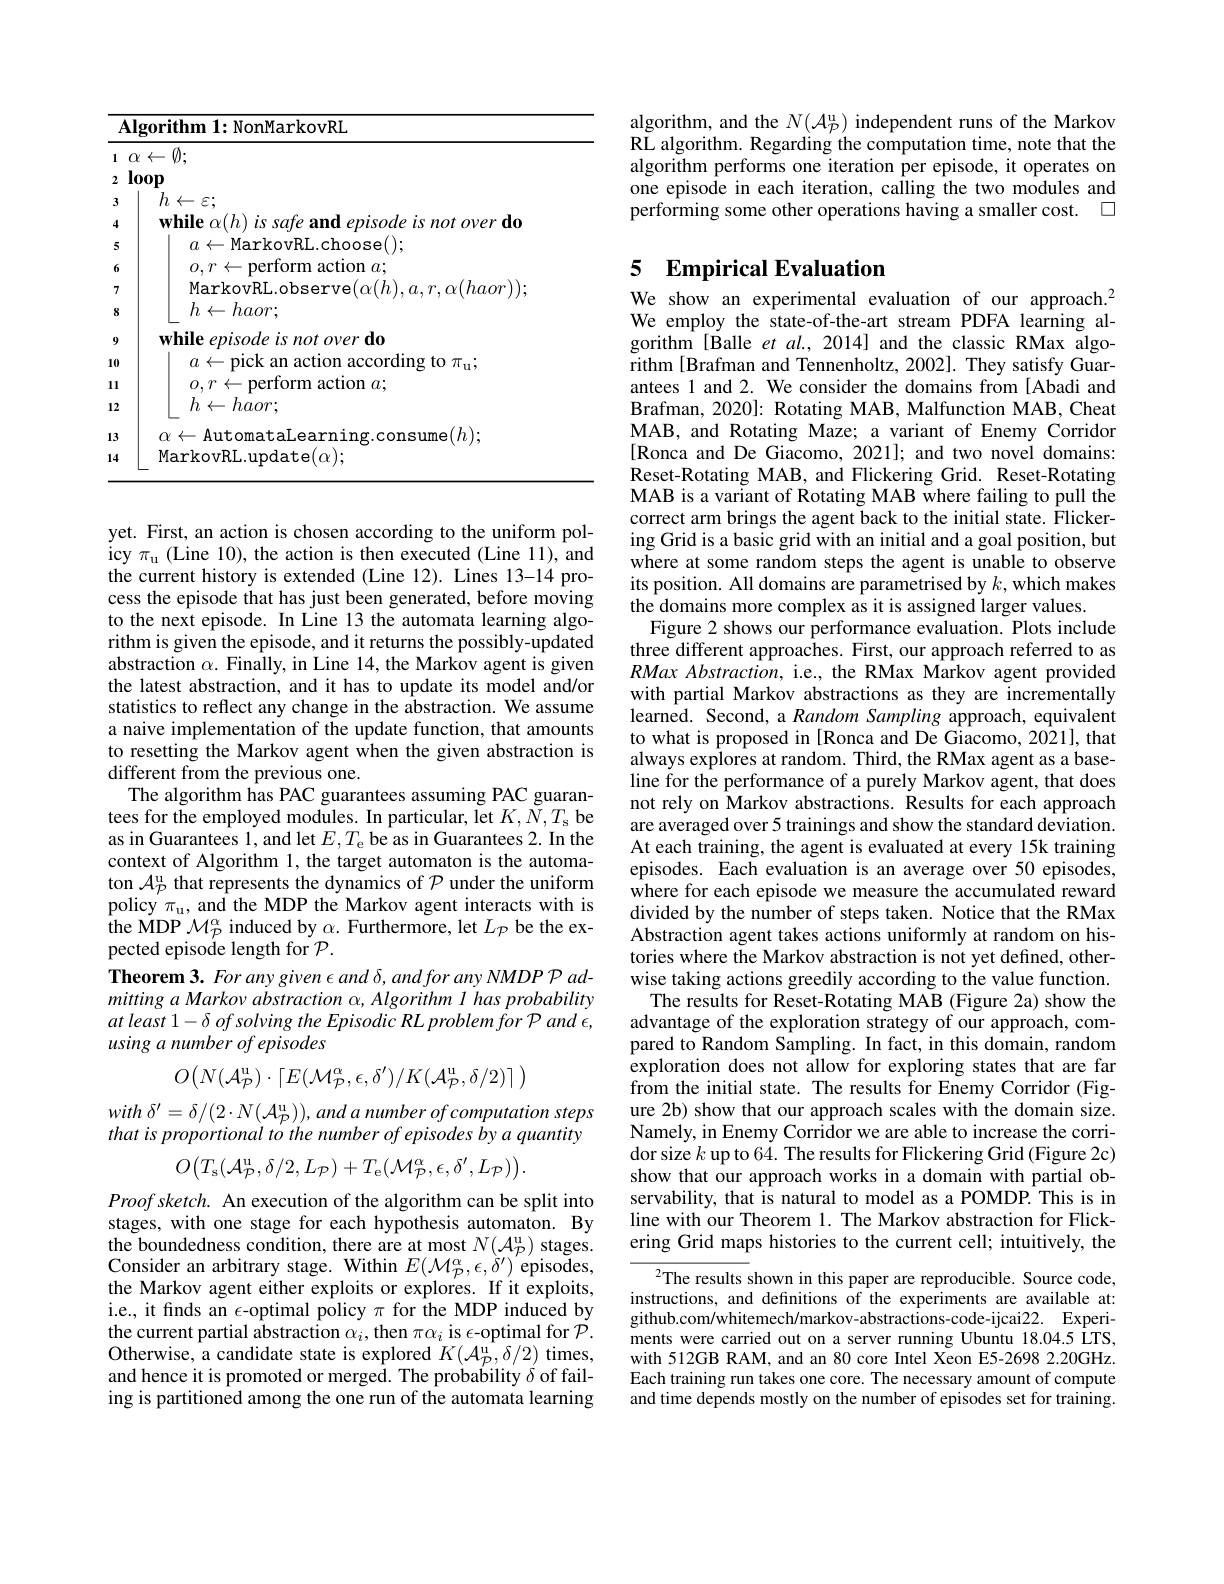
<table>
	<tbody>
		<tr>
			<th>$\Delta$</th>
			<th>${\mathrm{lgorithm~1:NonMarkovRL}}$</th>
		</tr>
		<tr>
			<td>1</td>
			<td>$\chi\leftarrow\emptyset;$</td>
		</tr>
		<tr>
			<td>2</td>
			<td>$00p$</td>
		</tr>
		<tr>
			<td>3</td>
			<td>$h\leftarrow\varepsilon;$</td>
		</tr>
		<tr>
			<td>4</td>
			<td>$IA$ mor overdo</td>
		</tr>
		<tr>
			<td>5</td>
			<td>$a\leftarrow$MarkovRL.choose();</td>
		</tr>
		<tr>
			<td>6</td>
			<td>$0,r\leftarrow$ nertorm action $a;$</td>
		</tr>
		<tr>
			<td>7</td>
			<td>MarkovRL. obser $\iota.r.\alpha(haor)$</td>
		</tr>
		<tr>
			<td></td>
			<td>$h\leftarrow haor;$</td>
		</tr>
		<tr>
			<td>9</td>
			<td>$\mathbf{while}$ overdo $\rho nisode$</td>
		</tr>
		<tr>
			<td>10</td>
			<td>$21ck$ 2. rction rdins</td>
		</tr>
		<tr>
			<td>11 </td>
			<td>rtorn $\operatorname{action}a;$</td>
		</tr>
		<tr>
			<td>12</td>
			<td>$h\leftarrow haor;$</td>
		</tr>
		<tr>
			<td>13</td>
			<td>nsume(h).</td>
		</tr>
		<tr>
			<td>14</td>
			<td>MarkovRL. update$( \alpha ) ;$</td>
		</tr>
	</tbody>
</table>

yet. First, an action is chosen according to the uniform policy $\pi_\mathrm{u}$ (Line 10), the action is then executed (Line 11), and the current history is extended (Line 12). Lines 13-14 process the episode that has just been generated, before moving to the next episode. In Line 13 the automata learning algorithm is given the episode, and it returns the possibly-updated abstraction $\alpha.$ Finally, in Line 14, the Markov agent is given the latest abstraction, and it has to update its model and/or statistics to reflect any change in the abstraction. We assume a naive implementation of the update function, that amounts to resetting the Markov agent when the given abstraction is different from the previous one.
The algorithm has PAC guarantees assuming PAC guarantees for the employed modules. In particular, let $K,N,T_{\mathrm{s}}$ be as in Guarantees 1, and let $E,T_{\mathrm{e}}$ be as in Guarantees 2. In the context of Algorithm 1, the target automaton is the automaton $\mathcal{A}_{P}^{\mathrm{u}}$ that represents the dynamics of $\mathcal{P}$ under the uniform policy' $\pi_\mathrm{u}$, and the MDP the Markov agent interacts with is the MDP $\mathcal{M}_{\mathcal{P}}^{\alpha}$ induced by $\alpha.$ Furthermore, let $L_{\mathcal{P}}$ be the expected episode length for $\mathcal{P}.$
Theorem 3. For any given $\epsilon$ and $\delta,andfor$ any NMDP P admitting a Markov abstraction $\alpha , Algorithm\textit{ l has probability}$ $at\textit{least 1- of solving the Episodic RL problem for P and , }$ using a number of episodes
$$O\bigl(N(\mathcal{A}_{\mathcal{P}}^{\mathrm{u}})\cdot\lceil E(\mathcal{M}_{\mathcal{P}}^{\alpha},\epsilon,\delta^{\prime})/K(\mathcal{A}_{\mathcal{P}}^{\mathrm{u}},\delta/2)\rceil\bigr)$$
with $\delta ^{\prime }= \delta / ( 2\cdot N( \mathcal{A} _{\mathcal{P} }^{\mathrm{u} }) ) , and$ $a$ number $of$ computation steps that is proportional to the number of episodes by a quantity
$$O\big(T_{\mathrm{s}}(\mathcal{A}_{\mathcal{P}}^{\mathrm{u}},\delta/2,L_{\mathcal{P}})+T_{\mathrm{e}}\big(\mathcal{M}_{\mathcal{P}}^{\alpha},\epsilon,\delta^{\prime},L_{\mathcal{P}}\big)\big).$$
$Proofsketch.$ An execution of the algorithm can be split into stages, with one stage for each hypothesis automaton. By the boundedness condition, there are at most $N(\mathcal{A}_{\mathcal{P}}^\mathrm{u})$ stages. Consider an arbitrary stage. Within $E(\mathcal{M}_{\mathcal{P}}^{\alpha},\epsilon,\dot{\delta}^{\prime})^{\prime}$episodes, the Markov agent either exploits or explores. If it exploits, i.e., it finds an $\epsilon$-optimal policy $\pi$ for the MDP induced by the current partial abstraction $\alpha_i$, then $\pi\alpha_i$ is $\epsilon$-optimal for $\mathcal{P}.$ Otherwise, a candidate state is explored $K(\mathcal{A}_{p}^{\mathrm{u}},\delta/2)$ times, and hence it is promoted or merged. The probability $\delta$ of failing is partitioned among the one run of the automata learning

algorithm, and the $N(\mathcal{A}_{\mathcal{P}}^{\mathrm{u}})$ independent runs of the Markov RL algorithm. Regarding the computation time, note that the algorithm performs one iteration per episode, it operates on one episode in each iteration, calling the two modules and performing some other operations having a smaller cost. $\square$

## 5 Empirical Evaluation We show an experimental evaluation of our approach.$^2$

We employ the state-of-the-art stream PDFA learning algorithm [Balle et al., 2014] and the classic RMax algorithm [Brafman and Tennenholtz, 2002]. They satisfy Guarantees 1 and 2. We consider the domains from [Abadi and Brafman, 2020]: Rotating MAB, Malfunction MAB, Cheat MAB, and Rotating Maze; a variant of Enemy Corridor [Ronca and De Giacomo, 2021]; and two novel domains: Reset-Rotating MAB, and Flickering Grid. Reset-Rotating MAB is a variant of Rotating MAB where failing to pull the correct arm brings the agent back to the initial state. Flickering Grid is a basic grid with an initial and a goal position, but where at some random steps the agent is unable to observe its position. All domains are parametrised by $k$,which makes the domains more complex as it is assigned larger values.
Figure 2 shows our performance evaluation. Plots include three different approaches. First, our approach referred to as RMax Abstraction, i.e., the RMax Markov agent provided with partial Markov abstractions as they are incrementally learned. Second, a Random Sampling approach, equivalent to what is proposed in [Ronca and De Giacomo, 2021], that always explores at random. Third, the RMax agent as a baseline for the performance of a purely Markov agent, that does not rely on Markov abstractions. Results for each approach are averaged over 5 trainings and show the standard deviation. At each training, the agent is evaluated at every 15k training episodes. Each evaluation is an average over 50 episodes, where for each episode we measure the accumulated reward divided by the number of steps taken. Notice that the RMax Abstraction agent takes actions uniformly at random on histories where the Markov abstraction is not yet defined, otherwise taking actions greedily according to the value function.
The results for Reset-Rotating MAB (Figure 2a) show the advantage of the exploration strategy of our approach, compared to Random Sampling. In fact, in this domain, random exploration does not allow for exploring states that are far from the initial state. The results for Enemy Corridor (Figure 2b) show that our approach scales with the domain size. Namely, in Enemy Corridor we are able to increase the corridor size $k$ up to 64. The results for Flickering Grid (Figure 2c) show that our approach works in a domain with partial observability, that is natural to model as a POMDP. This is in line with our Theorem 1. The Markov abstraction for Flickering Grid maps histories to the current cell; intuitively, the
${^{2}\text{The results shown in this paper are reproducible. Source code,}}$ instructions, and definitions of the experiments are available at: github.com/whitemech/markov-abstractions-code-ijcai22. Experi-

ments were carried out on a server running Ubuntu 18.04.5 LTS, with 512GB RAM, and an 80 core Intel Xeon E5-2698 2.20GHz. Each training run takes one core. The necessary amount of compute and time depends mostly on the number of episodes set for training.